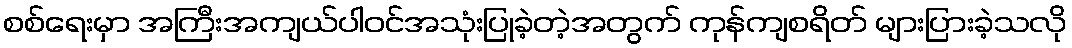
စစ်ရေးမှာ အကြီးအကျယ်ပါဝင်အသုံးပြုခဲ့တဲ့အတွက် ကုန်ကျစရိတ် များပြားခဲ့သလို